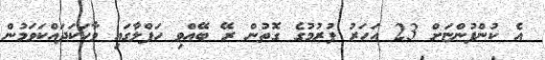
އެ ކުންފުންޏަށް 23 އަހަރު ފުރުމުގެ ގޮތުން ރޭ ބޭއްވި ހަފްލާގައި ވާހަކަދައްކަވަމުން